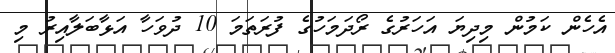
އެހެން ކަމުން މިދިޔަ އަހަރުގެ ރޯދަމަހުގެ ފުރަތަމަ 10 ދުވަހާ އަޅާބަލާއިރު މި